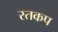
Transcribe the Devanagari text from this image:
रतकप